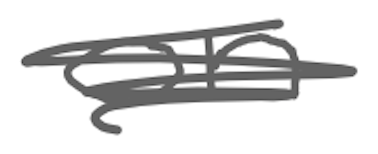
Text: on
Cross-out: scratch
Writing tool: digital_gray